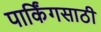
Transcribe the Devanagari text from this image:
पार्किंगसाठी